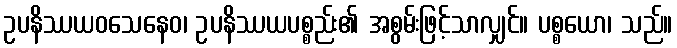
ဥပနိဿယဝသေနေဝ၊ ဥပနိဿယပစ္စည်း၏ အစွမ်းဖြင့်သာလျှင်။ ပစ္စယော၊ သည်။